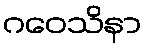
ဂဝေသိနာ